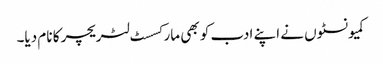
کمیونسٹوں نے اپنے ادب کو بھی مارکسسٹ لٹریچر کا نام دیا۔